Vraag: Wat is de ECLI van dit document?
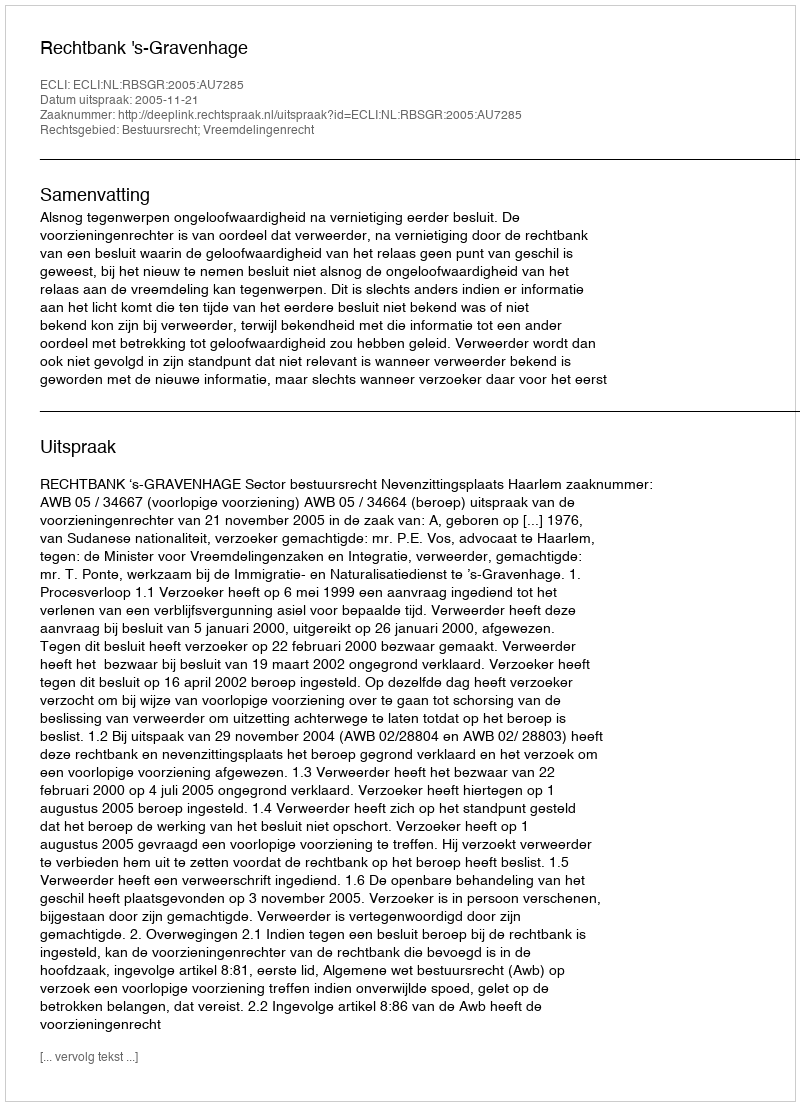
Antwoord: ECLI:NL:RBSGR:2005:AU7285